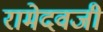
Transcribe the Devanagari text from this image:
रामेदवजी